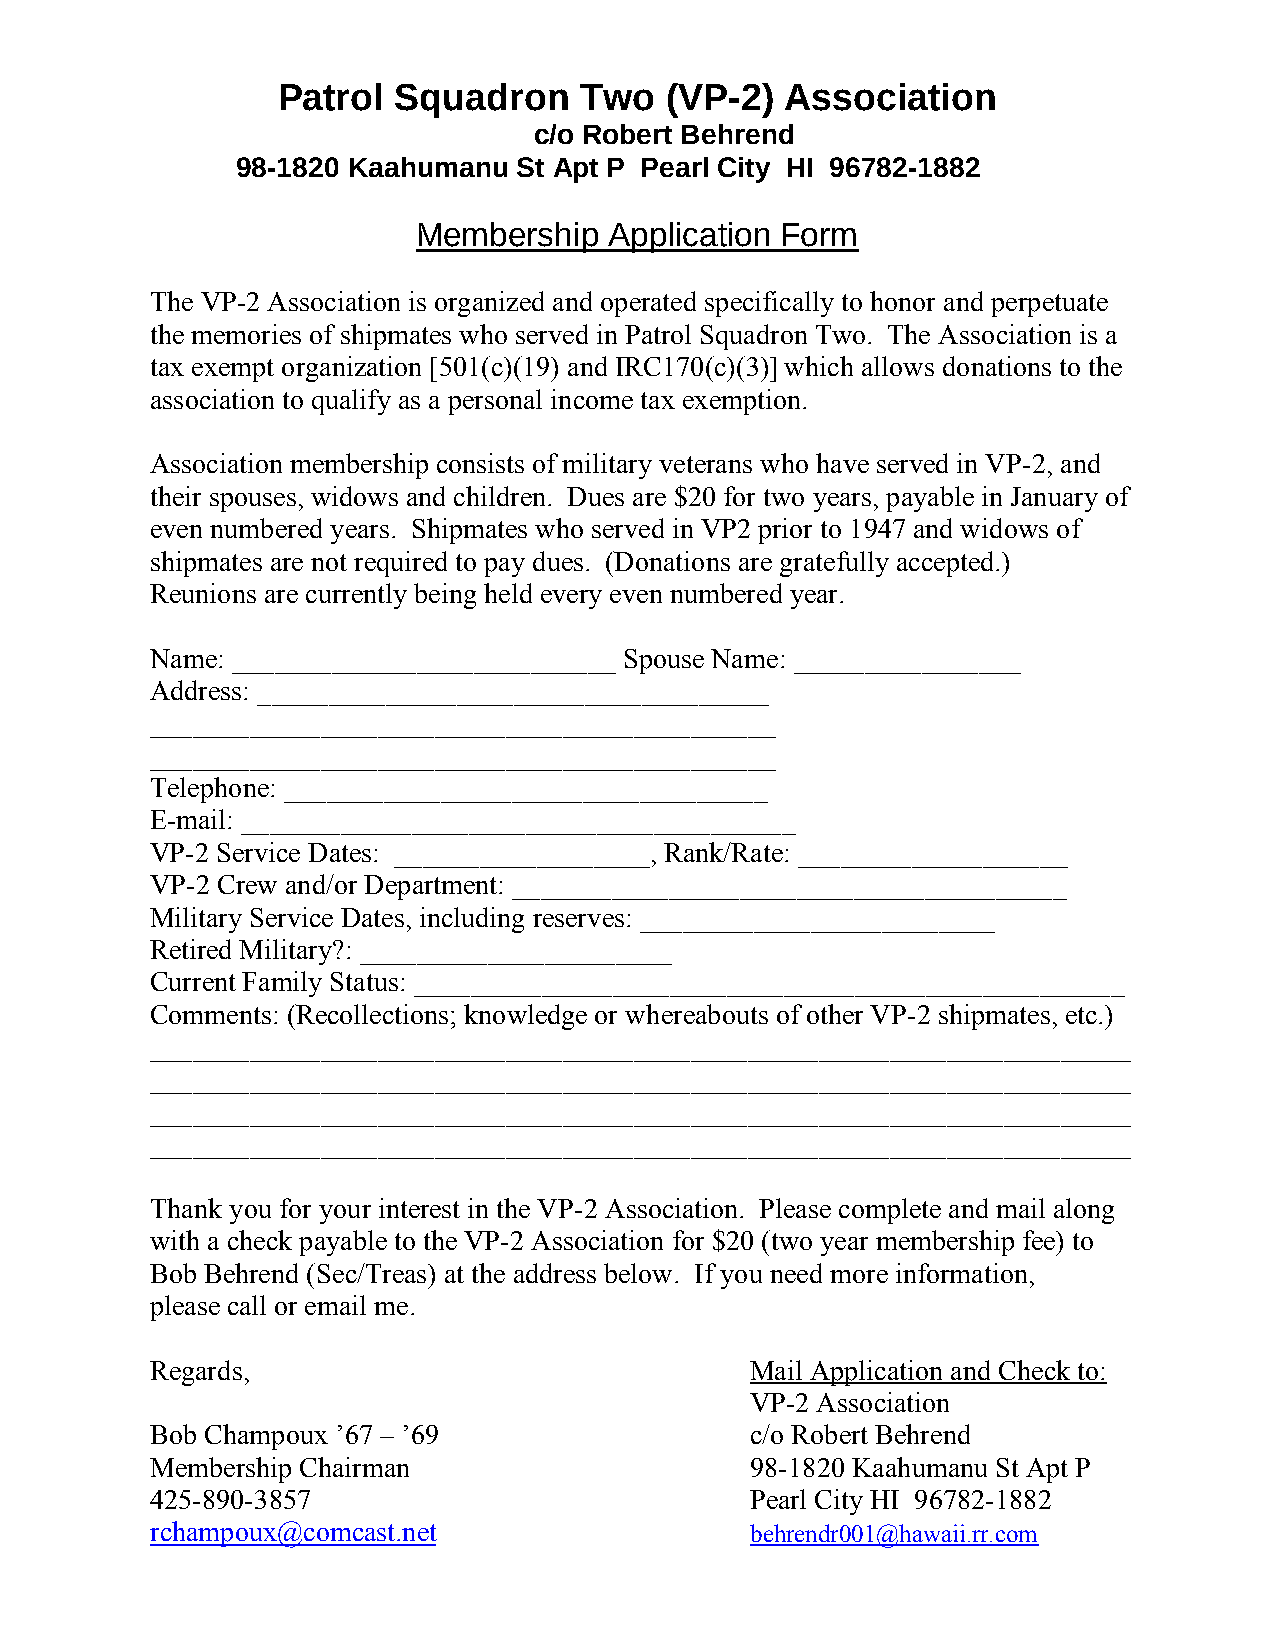
Patrol  Squadron    Two   (VP-2)  Association
 c/o Robert Behrend
 98-1820 Kaahumanu St Apt P Pearl City HI 96782-1882
 Membership  Application Form
 The VP-2 Association is organized and operated specifically to honor and perpetuate
 the memories of shipmates who served in Patrol Squadron Two. The Association is a
 tax exempt organization [501(c)(19) and IRC170(c)(3)] which allows donations to the
 association to qualify as a personal income tax exemption.
 Association membership consists of military veterans who have served in VP-2, and
 their spouses, widows and children. Dues are $20 for two years, payable in January of
 even numbered years. Shipmates who served in VP2 prior to 1947 and widows of
 shipmates are not required to pay dues. (Donations are gratefully accepted.)
 Reunions are currently being held every even numbered year.
 Name: ___________________________ Spouse Name: ________________
 Address: ____________________________________
 ____________________________________________
 ____________________________________________
 Telephone: __________________________________
 E-mail: _______________________________________
 VP-2 Service Dates: __________________, Rank/Rate: ___________________
 VP-2 Crew and/or Department: _______________________________________
 Military Service Dates, including reserves: _________________________
 Retired Military?: ______________________
 Current Family Status: __________________________________________________
 Comments: (Recollections; knowledge or whereabouts of other VP-2 shipmates, etc.)
 _____________________________________________________________________
 _____________________________________________________________________
 _____________________________________________________________________
 _____________________________________________________________________
 Thank you for your interest in the VP-2 Association. Please complete and mail along
 with a check payable to the VP-2 Association for $20 (two year membership fee) to
 Bob Behrend (Sec/Treas) at the address below. If you need more information,
 please call or email me.
 Regards,                                Mail Application and Check to:
 VP-2 Association
 Bob Champoux ’67 – ’69                  c/o Robert Behrend
 Membership Chairman                     98-1820 Kaahumanu St Apt P
 425-890-3857                            Pearl City HI 96782-1882
 rchampoux@comcast.net                   behrendr001@hawaii.rr.com